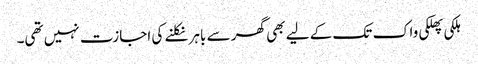
ہلکی پھلکی واک تک کے لیے بھی گھر سے باہر نکلنے کی اجازت نہیں تھی۔